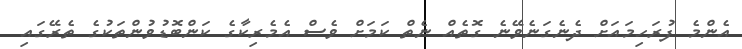
އެންމެ ފުރަހިމައަށް ދެނެގަނެވޭނެ ގޮތެއް ނެތް ކަމަށް ވެސް އެމެރިކާގެ ކަންބޮޑުވުންތަކުގެ ތެރޭގައި